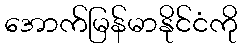
အောက်မြန်မာနိုင်ငံကို